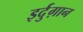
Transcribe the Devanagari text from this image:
इर्दुग़ान